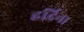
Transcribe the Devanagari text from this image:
हर्दिना